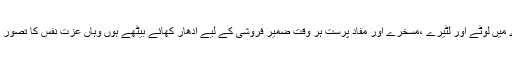
جس معاشرے میں لوٹے اور لٹیرے ،مسخرے اور مفاد پرست ہر وقت ضمیر فروشی کے لیے ادھار کھائے بیٹھے ہوں وہاں عزت نفس کا تصور ہی عبث ہے ۔